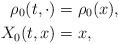
LaTeX: \begin{align*}\rho_0(t, \cdot) &= \rho_0(x), \\X_0(t, x) &= x,\end{align*}